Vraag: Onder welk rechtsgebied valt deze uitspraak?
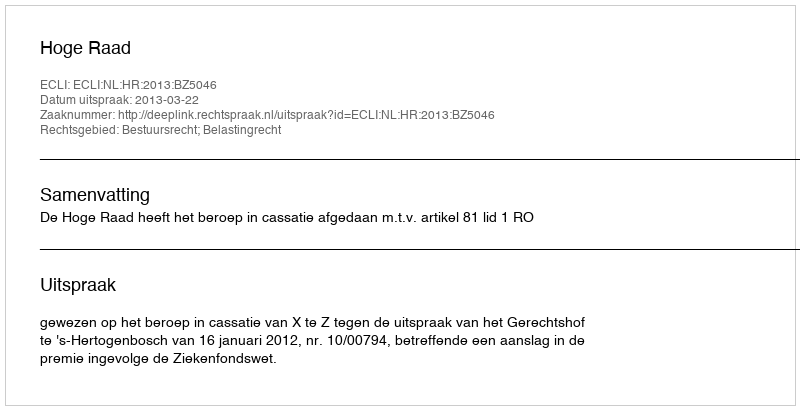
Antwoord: Bestuursrecht; Belastingrecht